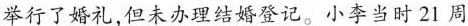
举行了婚礼，但未办理结婚登记。小李当时21周